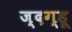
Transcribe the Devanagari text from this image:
ज्दग्हू